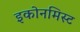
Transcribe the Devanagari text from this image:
इकोनमिस्ट